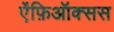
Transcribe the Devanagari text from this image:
ऐंफ़िऑक्सस